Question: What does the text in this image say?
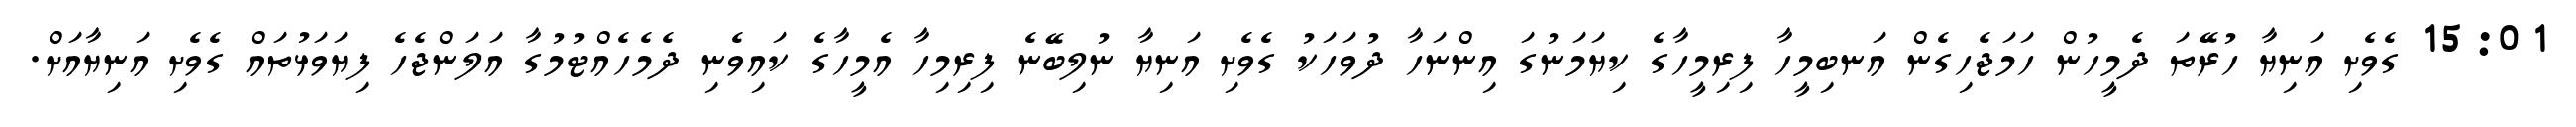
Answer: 15:01 ގެވެށި އަނިޔާ ހުރޭތަ ދެމީހުން ހަމަޖެހިގެން އަނބިމީހާ ފިރިމީހާގެ ކިޔަމަނުގަ އިންނަހާ ދުވަހަކު ގެވެށި އަނިޔާ ނުލިބޭނެ ފިރިމިހާ އެމީހާގެ ކައިވެނި ދެމެހެއްޓުމުގާ އަލަންޖެހެ ފިޔަވަޅުތައް ގެވެށި އަނިޔާއަށް.